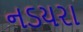
નડયરા